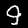
Label: 9